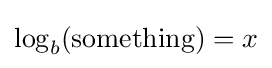
\log _{b}({\text{something}})=x